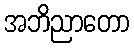
အဘိညာတော